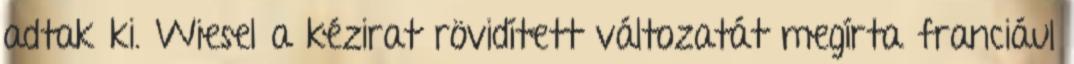
adtak ki. Wiesel a kézirat rövidített változatát megírta franciául